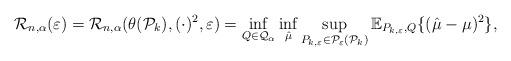
LaTeX: \begin{align*} \mathcal{R}_{n,\alpha}(\varepsilon) = \mathcal{R}_{n,\alpha}(\theta(\mathcal{P}_k), (\cdot)^2, \varepsilon) = \inf_{Q \in \mathcal{Q}_\alpha} \inf_{\hat{\mu}} \sup_{P_{k, \varepsilon} \in \mathcal{P}_\varepsilon(\mathcal{P}_k)}\mathbb{E}_{P_{k, \varepsilon}, Q}\{(\hat{\mu}-\mu)^2\},\end{align*}